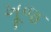
ખૂજ